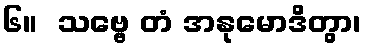
၆။  သဗ္ဗေ တံ အနုမောဒိတွာ၊